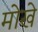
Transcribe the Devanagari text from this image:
मोखे